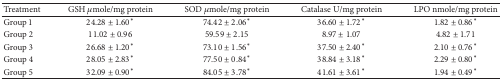
<table><thead><tr><td><b>Treatment</b></td><td><b>GSH <i>μ</i>mole/mg protein</b></td><td><b>SOD <i>μ</i>mole/mg protein</b></td><td><b>Catalase U/mg protein</b></td><td><b>LPO nmole/mg protein</b></td></tr></thead><tbody><tr><td>Group 1</td><td>24.28 ± 1.60*</td><td>74.42 ± 2.06*</td><td>36.60 ± 1.72*</td><td>1.82 ± 0.86*</td></tr><tr><td>Group 2</td><td>11.02 ± 0.96</td><td>59.59 ± 2.15</td><td>8.97 ± 1.07</td><td>4.82 ± 1.71</td></tr><tr><td>Group 3</td><td>26.68 ± 1.20*</td><td>73.10 ± 1.56*</td><td>37.50 ± 2.40*</td><td>2.10 ± 0.76*</td></tr><tr><td>Group 4</td><td>28.05 ± 2.83*</td><td>77.50 ± 0.84*</td><td>38.84 ± 3.18*</td><td>2.29 ± 0.80*</td></tr><tr><td>Group 5</td><td>32.09 ± 0.90*</td><td>84.05 ± 3.78*</td><td>41.61 ± 3.61*</td><td>1.94 ± 0.49*</td></tr></tbody></table>